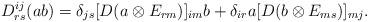
LaTeX: \begin{align*}D^{ij}_{rs}(ab)=\delta_{js}[D(a\otimes E_{rm})]_{im}b+\delta_{ir}a[D(b\otimes E_{ms})]_{mj}. \end{align*}